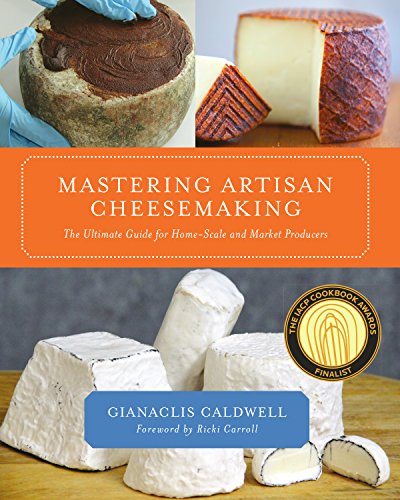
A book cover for Mastering Artisan Cheesemaking: The Ultimate Guide for Home-Scale and Market Producers; Gianaclis Caldwell; Cookbooks, Food & Wine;